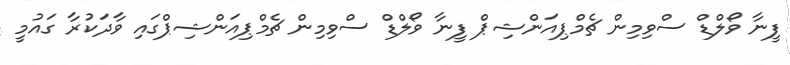
ފީނާ ވޯލްޑް ސްވިމިން ޗެމްޕިއަންޝިޕް ފީނާ ވޯލްޑް ސްވިމިން ޗެމްޕިއަންޝިޕްގައި ވާދަކުރާ ގައުމީ